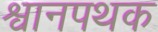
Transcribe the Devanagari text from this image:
श्वानपथक